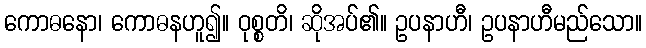
ကောဓနော၊ ကောဓနဟူ၍။ ဝုစ္စတိ၊ ဆိုအပ်၏။ ဥပနာဟီ၊ ဥပနာဟီမည်သော။